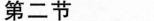
第二节